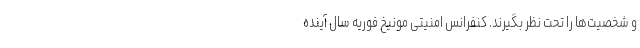
و شخصیت‌ها را تحت نظر بگیرند. کنفرانس امنیتی مونیخ فوریه سال آینده